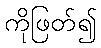
ကိုဖြတ်၍